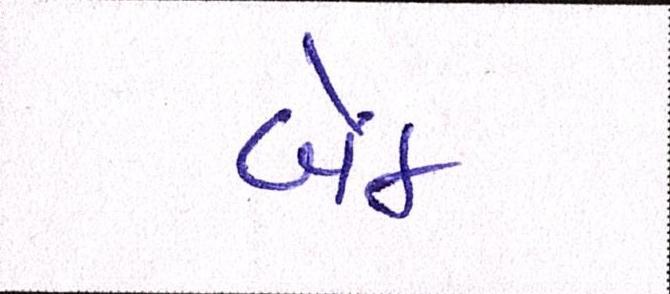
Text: બેક